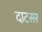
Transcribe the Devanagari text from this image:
दाटसर